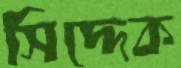
সিদ্দেক